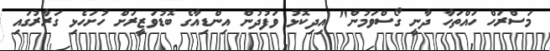
މަސްރަހް ހައްތަހާ ދާނީ ގޯސްވަމުން" އިދިކޮޅު ވަފުދުން އިންޑިއާގެ ބޮޑުވަޒީރަށް ހުށަހެޅި ގަރާރުގައި